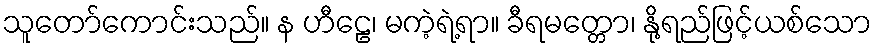
သူတော်ကောင်းသည်။ န ဟီဠေ၊ မကဲ့ရဲ့ရာ။ ခီရမတ္တော၊ နို့ရည်ဖြင့်ယစ်သော